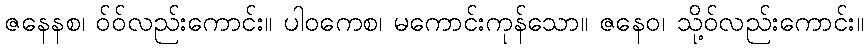
ဇနေနစ၊ ဝ်ဝ်လည်းကောင်း။ ပါဝကေစ၊ မကောင်းကုန်သော။ ဇနေဝ၊ သို့ဝ်လည်းကောင်း။